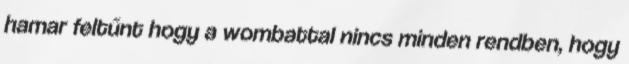
hamar feltűnt hogy a wombattal nincs minden rendben, hogy